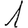
Digit: 1